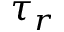
\tau _ { r }